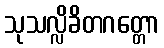
သုသလ္လိခိတဂတ္တော